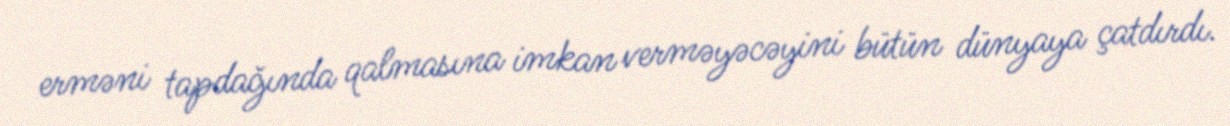
erməni tapdağında qalmasına imkan verməyəcəyini bütün dünyaya çatdırdı.